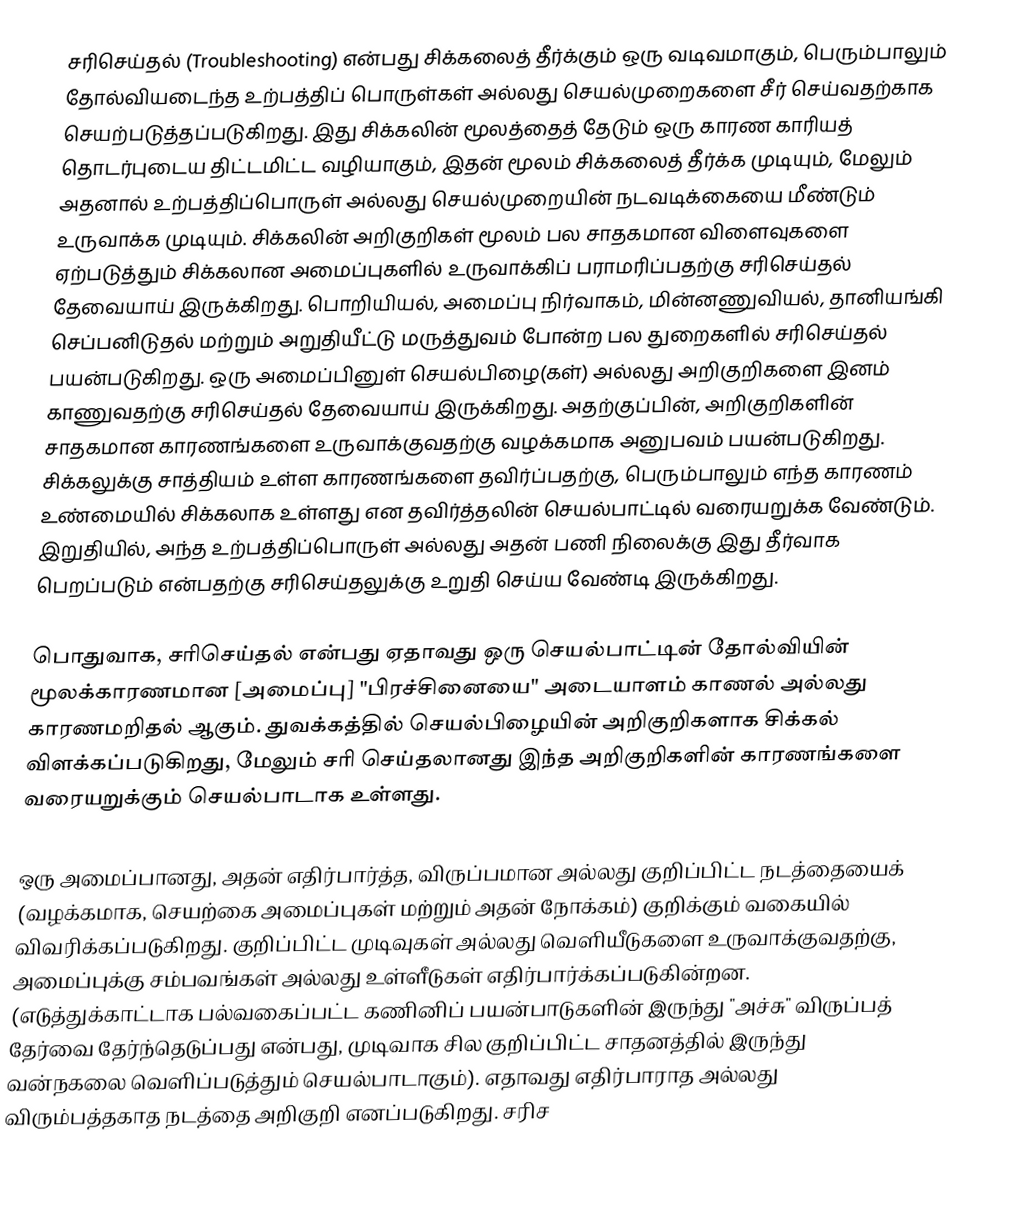
சரிசெய்தல் (Troubleshooting) என்பது சிக்கலைத் தீர்க்கும் ஒரு வடிவமாகும், பெரும்பாலும் தோல்வியடைந்த உற்பத்திப் பொருள்கள் அல்லது செயல்முறைகளை சீர் செய்வதற்காக செயற்படுத்தப்படுகிறது. இது சிக்கலின் மூலத்தைத் தேடும் ஒரு காரண காரியத் தொடர்புடைய திட்டமிட்ட வழியாகும், இதன் மூலம் சிக்கலைத் தீர்க்க முடியும், மேலும் அதனால் உற்பத்திப்பொருள் அல்லது செயல்முறையின் நடவடிக்கையை மீண்டும் உருவாக்க முடியும். சிக்கலின் அறிகுறிகள் மூலம் பல சாதகமான விளைவுகளை ஏற்படுத்தும் சிக்கலான அமைப்புகளில் உருவாக்கிப் பராமரிப்பதற்கு சரிசெய்தல் தேவையாய் இருக்கிறது. பொறியியல், அமைப்பு நிர்வாகம், மின்னணுவியல், தானியங்கி செப்பனிடுதல் மற்றும் அறுதியீட்டு மருத்துவம் போன்ற பல துறைகளில் சரிசெய்தல் பயன்படுகிறது. ஒரு அமைப்பினுள் செயல்பிழை(கள்) அல்லது அறிகுறிகளை இனம் காணுவதற்கு சரிசெய்தல் தேவையாய் இருக்கிறது. அதற்குப்பின், அறிகுறிகளின் சாதகமான காரணங்களை உருவாக்குவதற்கு வழக்கமாக அனுபவம் பயன்படுகிறது. சிக்கலுக்கு சாத்தியம் உள்ள காரணங்களை தவிர்ப்பதற்கு, பெரும்பாலும் எந்த காரணம் உண்மையில் சிக்கலாக உள்ளது என தவிர்த்தலின் செயல்பாட்டில் வரையறுக்க வேண்டும். இறுதியில், அந்த உற்பத்திப்பொருள் அல்லது அதன் பணி நிலைக்கு இது தீர்வாக பெறப்படும் என்பதற்கு சரிசெய்தலுக்கு உறுதி செய்ய வேண்டி இருக்கிறது.

பொதுவாக, சரிசெய்தல் என்பது ஏதாவது ஒரு செயல்பாட்டின் தோல்வியின் மூலக்காரணமான [அமைப்பு] "பிரச்சினையை" அடையாளம் காணல் அல்லது காரணமறிதல் ஆகும். துவக்கத்தில் செயல்பிழையின் அறிகுறிகளாக சிக்கல் விளக்கப்படுகிறது, மேலும் சரி செய்தலானது இந்த அறிகுறிகளின் காரணங்களை வரையறுக்கும் செயல்பாடாக உள்ளது.

ஒரு அமைப்பானது, அதன் எதிர்பார்த்த, விருப்பமான அல்லது குறிப்பிட்ட நடத்தையைக் (வழக்கமாக, செயற்கை அமைப்புகள் மற்றும் அதன் நோக்கம்) குறிக்கும் வகையில் விவரிக்கப்படுகிறது. குறிப்பிட்ட முடிவுகள் அல்லது வெளியீடுகளை உருவாக்குவதற்கு, அமைப்புக்கு சம்பவங்கள் அல்லது உள்ளீடுகள் எதிர்பார்க்கப்படுகின்றன. (எடுத்துக்காட்டாக பல்வகைப்பட்ட கணினிப் பயன்பாடுகளின் இருந்து "அச்சு" விருப்பத் தேர்வை தேர்ந்தெடுப்பது என்பது, முடிவாக சில குறிப்பிட்ட சாதனத்தில் இருந்து வன்நகலை வெளிப்படுத்தும் செயல்பாடாகும்). எதாவது எதிர்பாராத அல்லது விரும்பத்தகாத நடத்தை அறிகுறி எனப்படுகிறது. சரிச